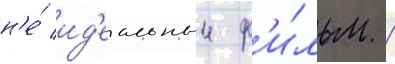
н'е́ ид'еальныи ф'и́льм /